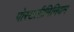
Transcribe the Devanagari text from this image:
पोस्टलीमिनियम